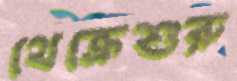
থেক্রেশুরু